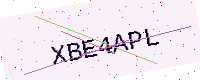
Text: XBE4APL